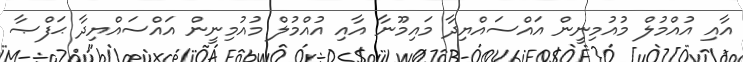
އާއި އުއްމުލް މުއުމިނީން އައްސައްޔިދާ މައިމޫނާ އާއި އުއްމުލް މުއުމިނީން އައްސައްޔިދާ ޙަފްޞާ